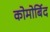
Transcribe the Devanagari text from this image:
कोमोर्बिद